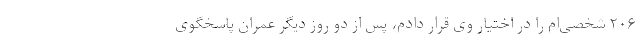
۲۰۶ شخصی‌ام را در اختیار وی قرار دادم، پس از دو روز دیگر عمران پاسخگوی